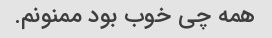
همه چی خوب بود ممنونم.